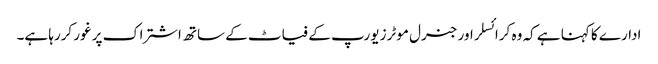
ادارے کا کہنا ہے کہ وہ کرائسلر اور جنرل موٹرز یورپ کے فیاٹ کے ساتھ اشتراک پر غور کررہا ہے۔